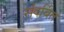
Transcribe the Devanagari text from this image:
संदर्बित